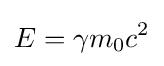
E=\gamma m_{0}c^{2}